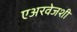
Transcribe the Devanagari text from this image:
एअरवेजशी